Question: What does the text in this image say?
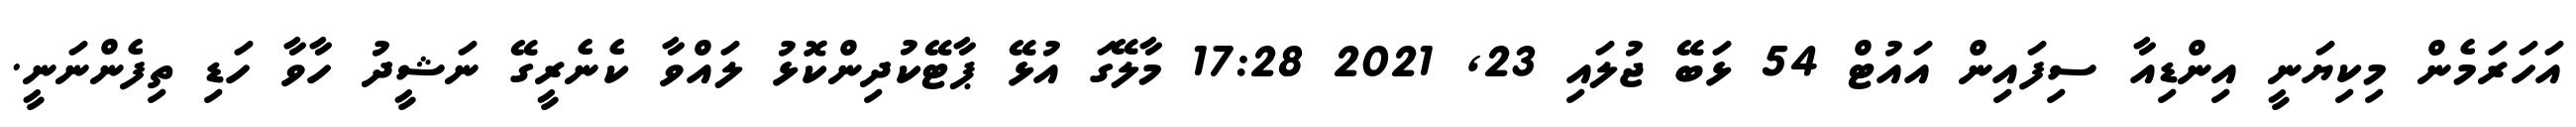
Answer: އަހަރަމެން މިކިޔަނީ އިންޑިއާ ސިފައިން އައުޓް 54 ޅަބޭ ޖުލައި 23, 2021 17:28 މާލޭގަ އުޅޭ ޕާޓޭކުދިންކޮޅު ލައްވާ ކެނެރީގޭ ނަޝީދު ހާވާ ހަޑި ތިފެންނަނީ.